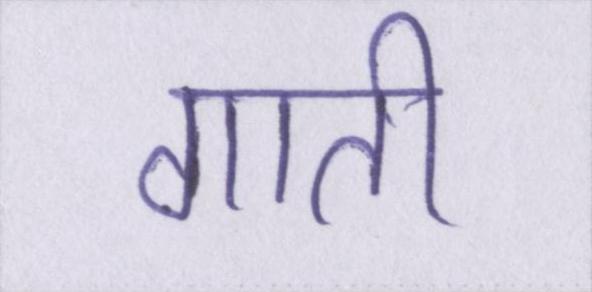
गाती